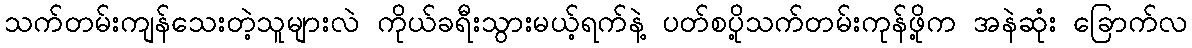
သက်တမ်းကျန်သေးတဲ့သူများလဲ ကိုယ်ခရီးသွားမယ့်ရက်နဲ့ ပတ်စပို့သက်တမ်းကုန်ဖို့က အနဲဆုံး ခြောက်လ